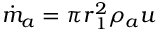
\begin{array} { r } { { \dot { m } } _ { a } = { \pi r } _ { 1 } ^ { 2 } \rho _ { a } u } \end{array}